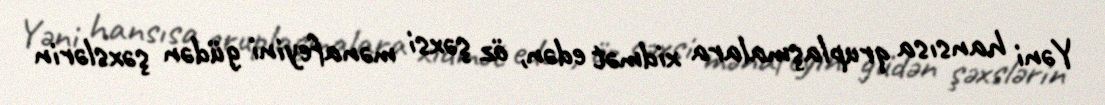
Yəni hansısa qruplaşmalara xidmət edən, öz şəxsi mənafeyini güdən şəxslərin